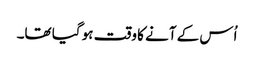
اُس کے آنے کا وقت ہو گیا تھا۔